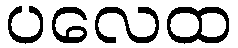
ပလေထ